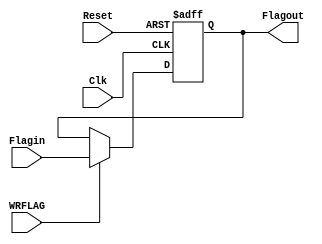
`timescale 1ns / 1ps
//////////////////////////////////////////////////////////////////////////////////
// Company: 
// Engineer: 
// 
// Design Name: 
// Module Name: Flag
// Project Name: 
// Target Devices: 
// Tool Versions: 
// Description: 
// 
// Dependencies: 
// 
// Revision:
// Revision 0.01 - File Created
// Additional Comments:
// 
//////////////////////////////////////////////////////////////////////////////////


module Flag(
     input wire [7:0] Flagin ,
     input wire       Clk    ,
     input wire       Reset  ,
     input wire       WRFLAG ,
     output reg [7:0] Flagout  = 8'h00
    );
    
    always@(posedge Clk ,posedge Reset )
    begin
        if(Reset)
            Flagout <= 8'h00;
        else 
            if(WRFLAG)
                Flagout <= Flagin;
            else
                Flagout <= Flagout;
    end
    
endmodule